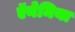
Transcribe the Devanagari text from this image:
ऍनेमिया